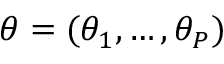
\theta = ( \theta _ { 1 } , \ldots , \theta _ { P } )